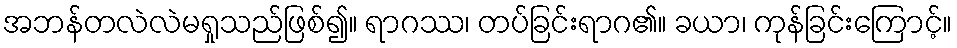
အဘန်တလဲလဲမရှုသည်ဖြစ်၍။ ရာဂဿ၊ တပ်ခြင်းရာဂ၏။ ခယာ၊ ကုန်ခြင်းကြောင့်။